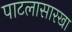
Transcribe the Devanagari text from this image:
पाटलासारखा